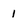
Character: 1